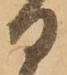
日